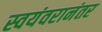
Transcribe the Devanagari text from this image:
स्वयंवरानंतर